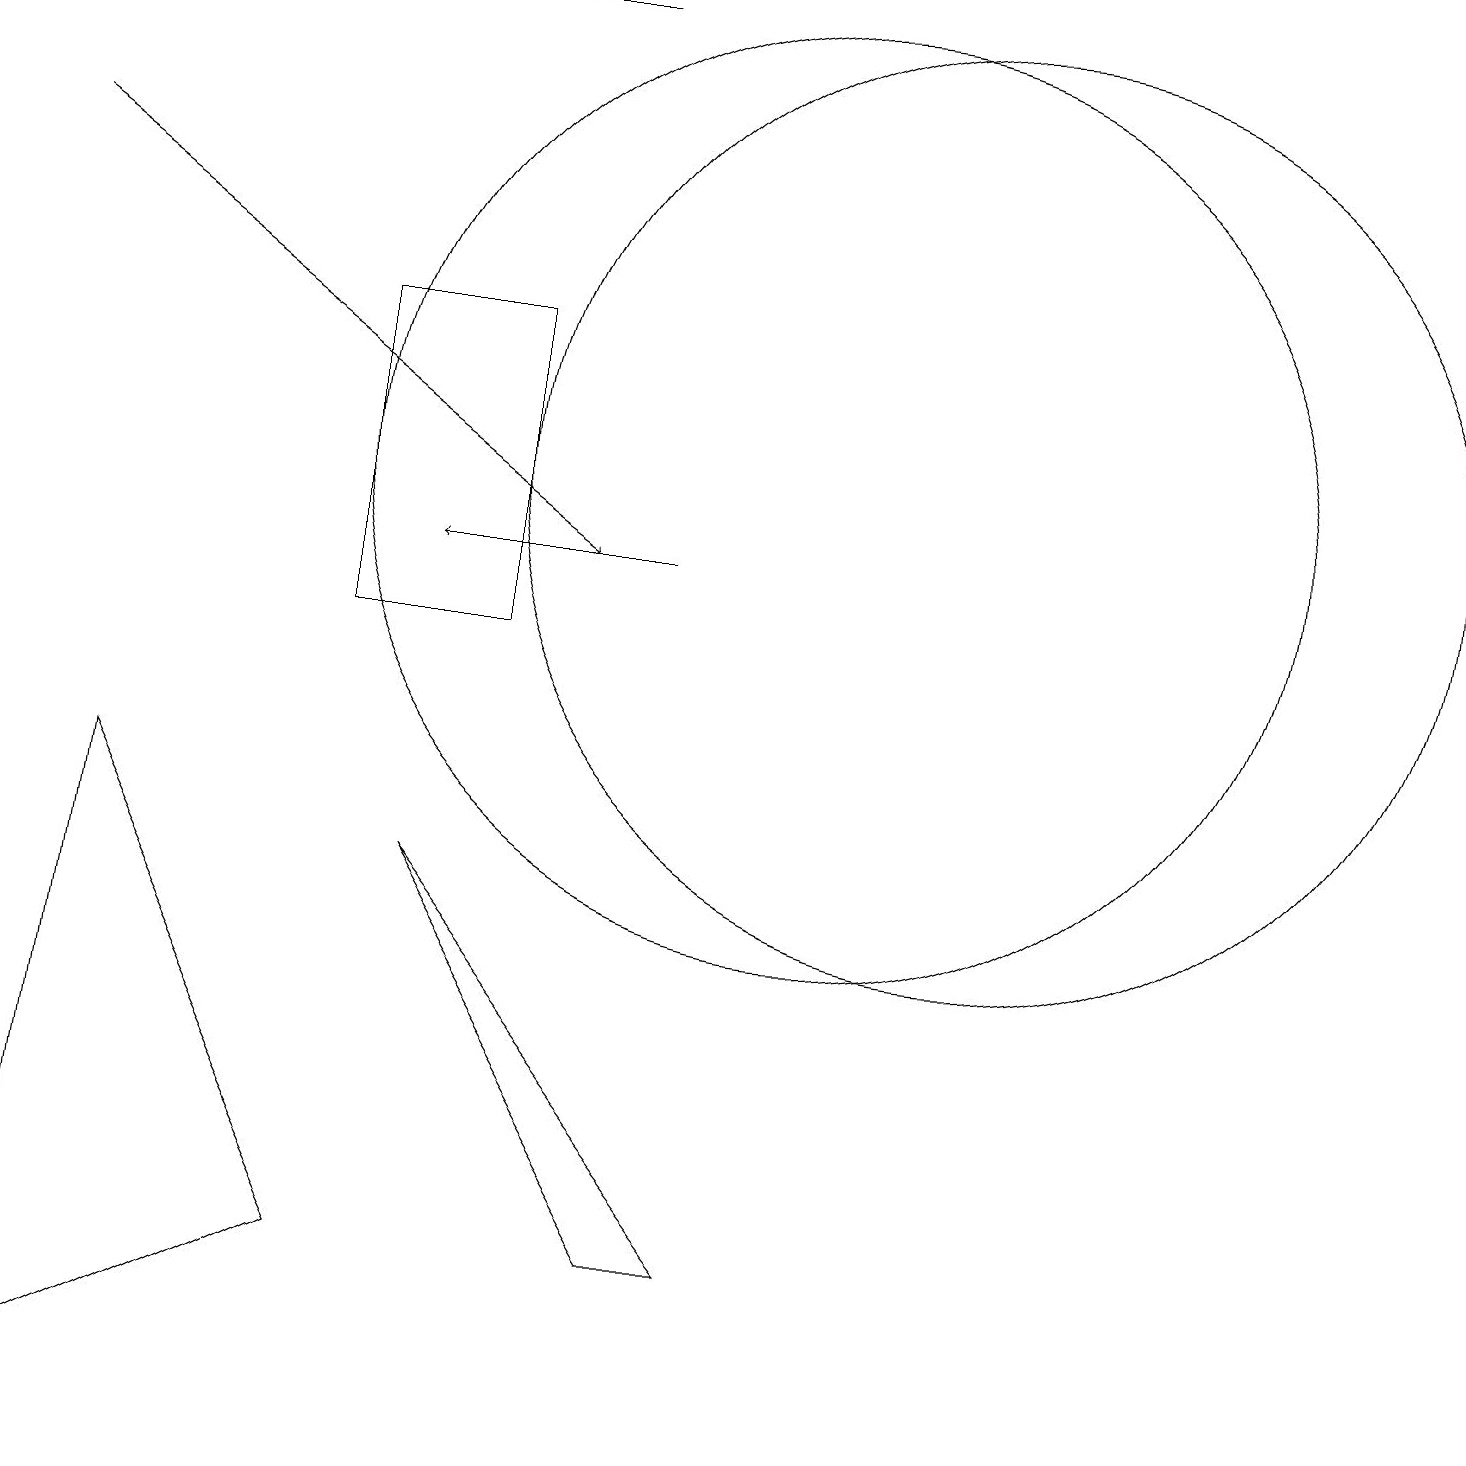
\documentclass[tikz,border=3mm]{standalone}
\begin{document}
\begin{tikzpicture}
\draw (0,0) -- (4,2) -- (1,8) -- cycle;
\draw (12,12) circle (6);
\draw (5,7) -- (9,2) -- (8,2) -- cycle;
\draw (10,12) circle (6);
\draw (4,18) rectangle (7,18);
\draw[->] (0,16) -- (7,11);
\draw (4,10) rectangle (6,14);
\draw[->] (8,11) -- (5,11);
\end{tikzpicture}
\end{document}